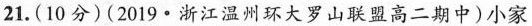
21.(10分)(2019·浙江温州环大罗山联盟高二期中)小家